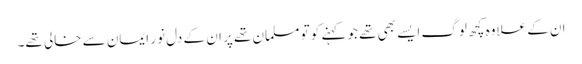
ان کے علاوہ کچھ لوگ ایسے بھی تھے جو کہنے کو تو مسلمان تھے پر ان کے دل نورِ ایمان سے خالی تھے۔